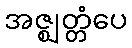
အဇ္ဈတ္တံပေ